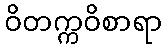
ဝိတက္ကဝိစာရာ